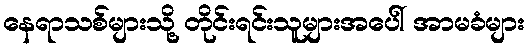
နေရာသစ်များသို့ တိုင်းရင်းသူများအပေါ် အာမခံများ